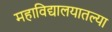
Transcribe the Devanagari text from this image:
महाविद्यालयातल्या